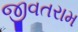
જીવતરામ